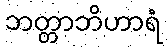
ဘတ္တာဘိဟာရံ